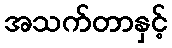
အသက်တာနှင့်